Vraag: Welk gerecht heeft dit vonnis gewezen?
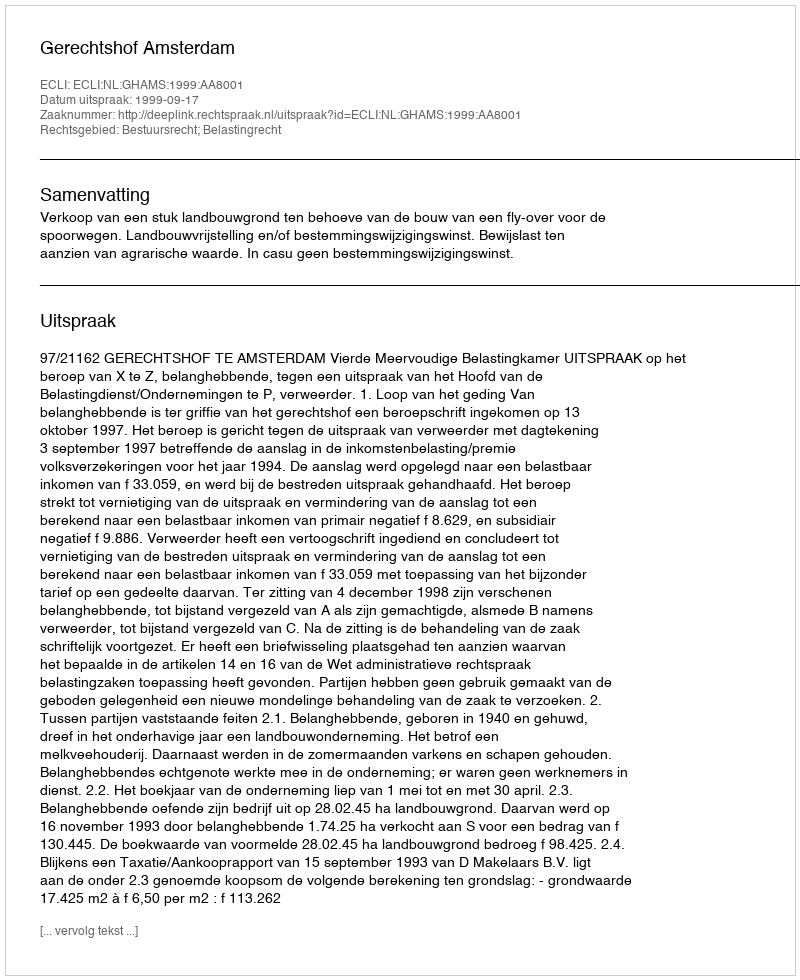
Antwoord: Gerechtshof Amsterdam